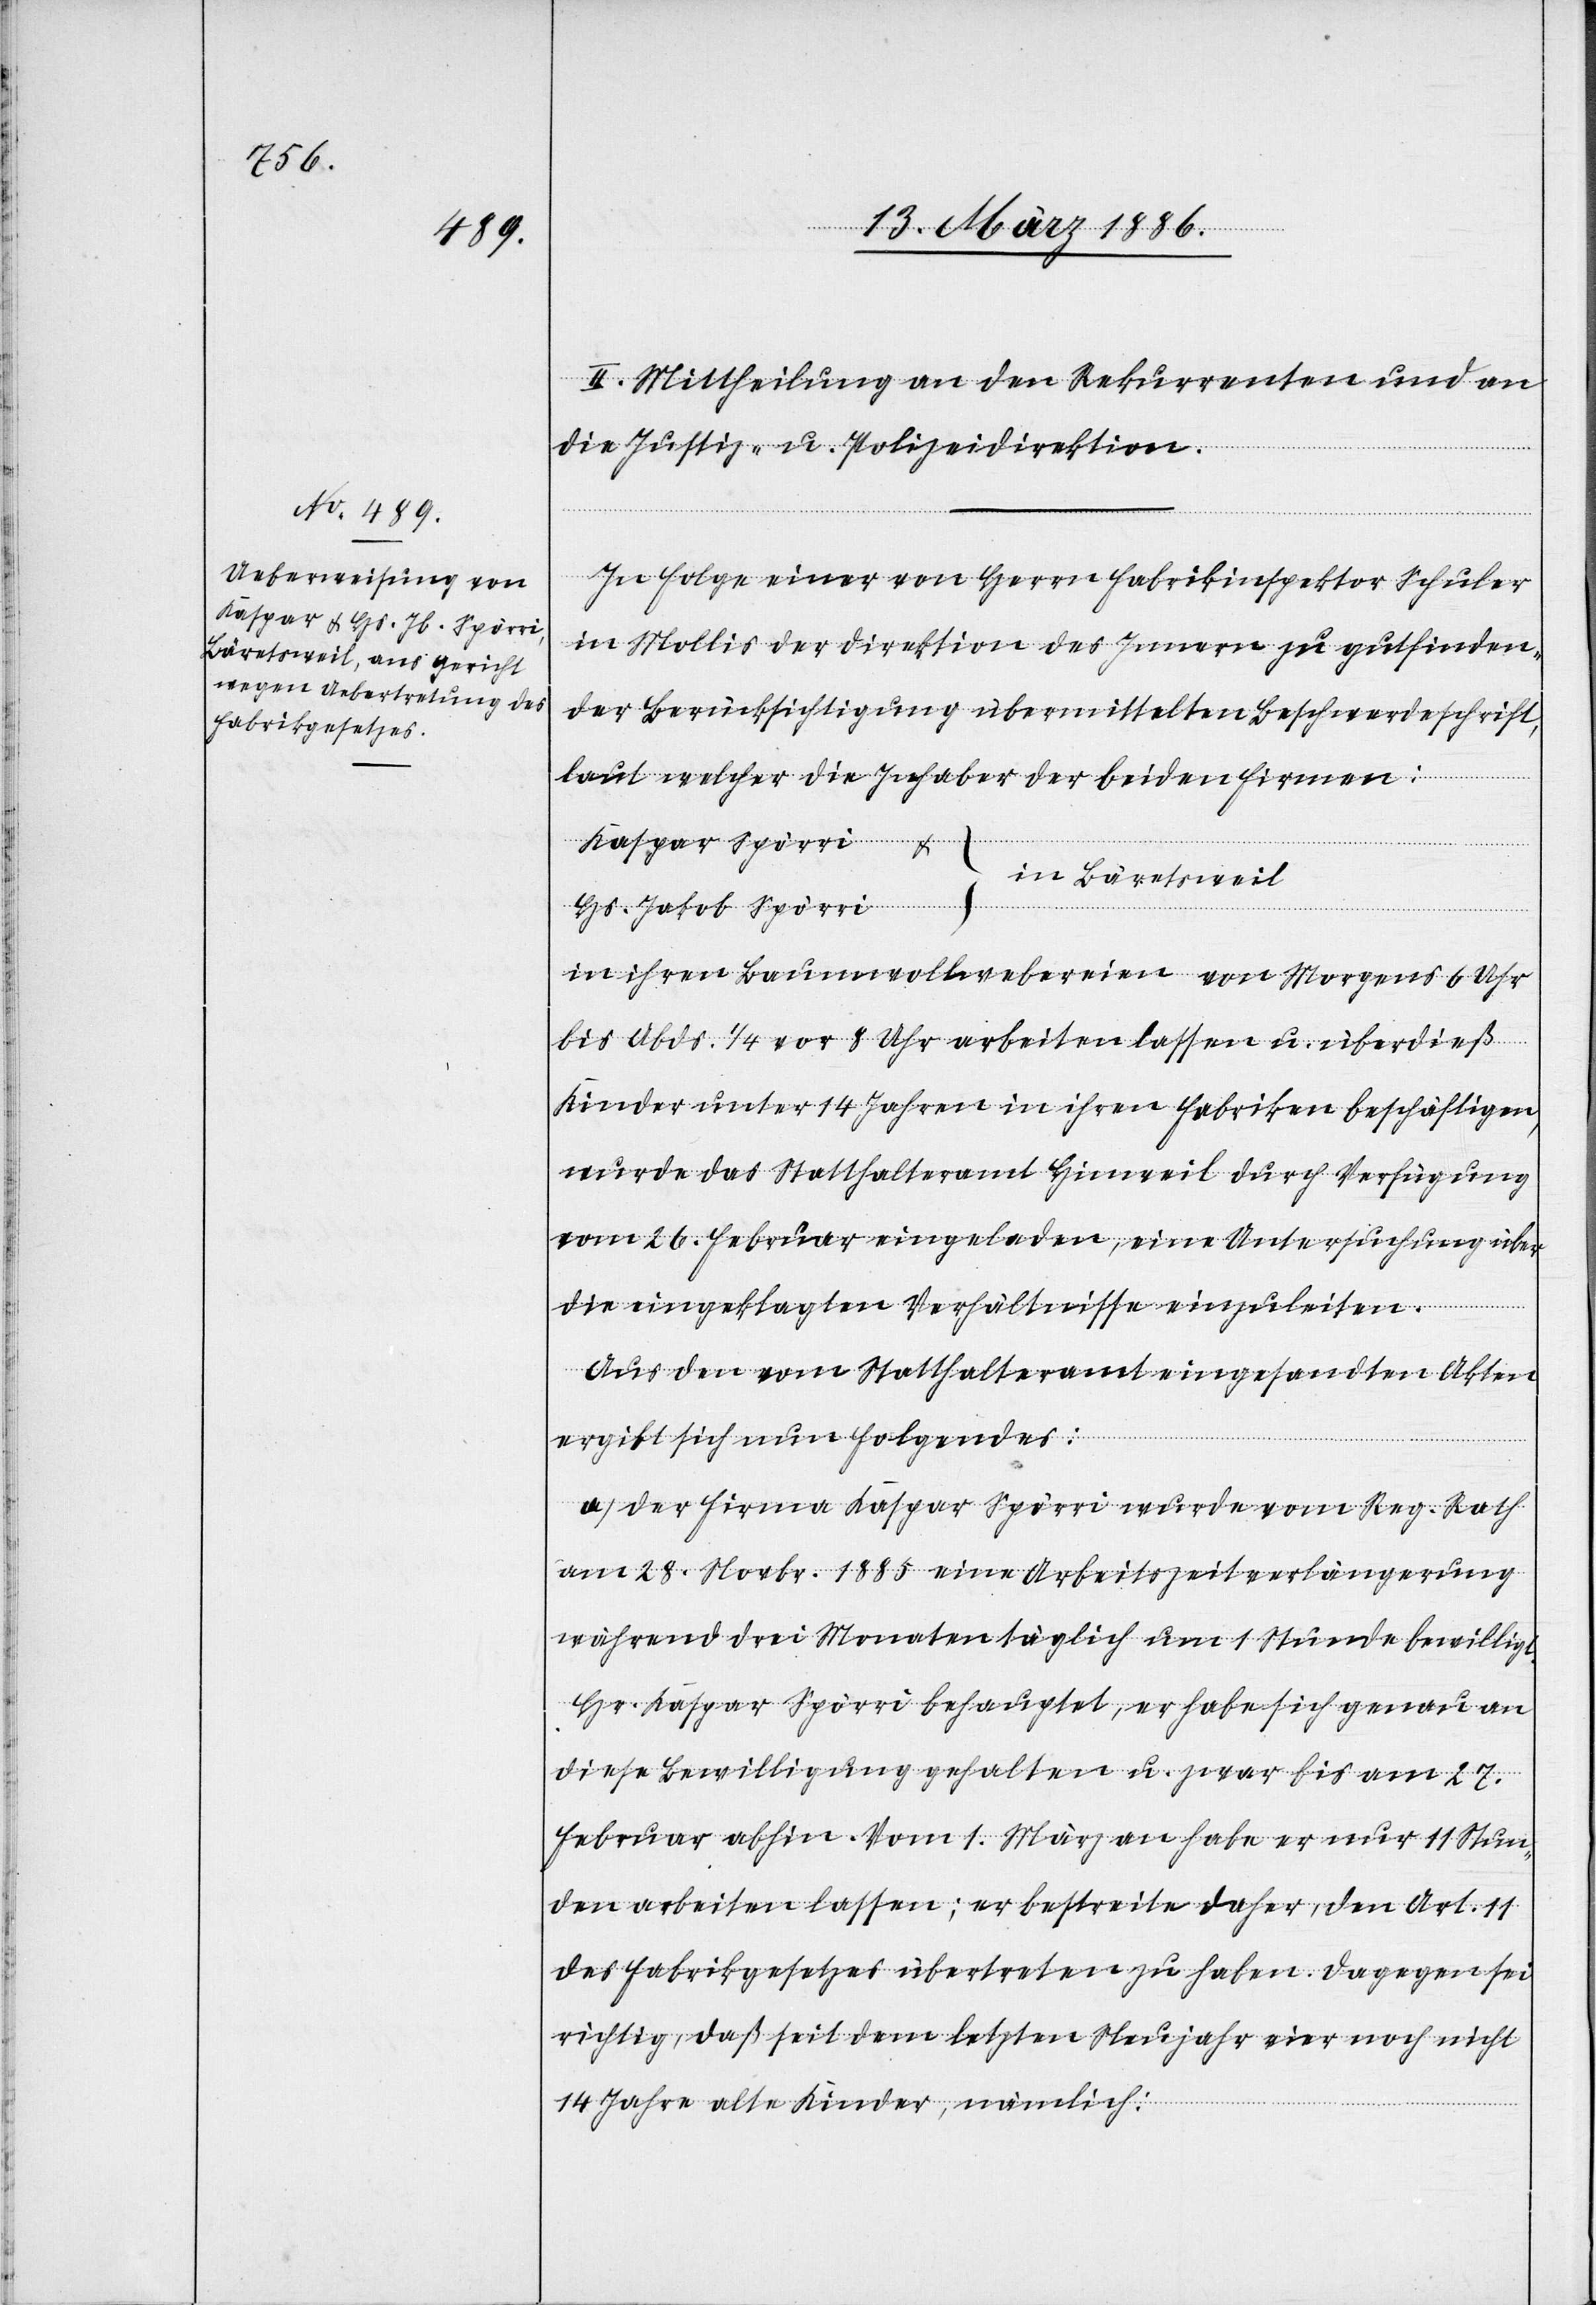
II. Mittheilung an den Rekurrenten und an
die Justiz- u. Polizeidirektion.
In Folge einer von Herrn Fabrikinspektor Schuler
in Mollis der Direktion des Innern zu gutfinden¬
der Berücksichtigung übermittelten Beschwerdeschrift,
laut welcher die Inhaber der beiden Firmen:
Kaspar Spörri &
in Bäretsweil
Hs. Jakob Spörri
in ihren Baumwollwebereien von Morgens 6 Uhr
bis Abds. 1/4 vor 8 Uhr arbeiten lassen u. überdieß
Kinder unter 14 Jahren in ihren Fabriken beschäftigen,
wurde das Statthalteramt Hinweil durch Verfügung
vom 26. Februar eingeladen, eine Untersuchung über
die eingeklagten Verhältnisse einzuleiten.
Aus den vom Statthalteramt eingesandten Akten
ergibt sich nun Folgendes:
a) Der Firma Kaspar Spörri wurde vom Reg. Rath
am 28. Novbr. 1885 eine Arbeitszeitverlängerung
während drei Monaten täglich um 1 Stunde bewilligt.
Hr. Kaspar Spörri behauptet, er habe sich genau an
diese Bewilligung gehalten u. zwar bis am 27.
Februar abhin. Vom 1. März an habe er nur 11 Stun¬
den arbeiten lassen; er bestreite daher, den Art. 11
des Fabrikgesetzes übertreten zu haben. Dagegen sei
richtig, daß seit dem letzten Neujahr vier noch nicht
14 Jahre alte Kinder, namentlich: